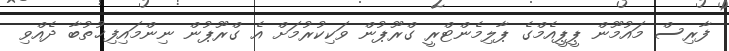
ފާރިސް މައުމޫން ޕީޕީއެމްގެ ޕާލިމެންޓްރީ ގްރޫޕުން ވަކިކުރުމަށް އެ ގްރޫޕުން ނިންމައިފިޚުތުބާ ދެއްވި